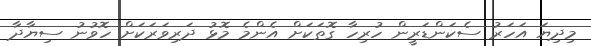
މިދިޔަ އަހަރު ސެކަންޑަރީން ހުރިހާ ގޮތަކަށް އެންމެ މޮޅު ދަރިވަރަކަށް ހޮވުނު ސިޔާދާ